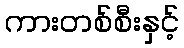
ကားတစ်စီးနှင့်